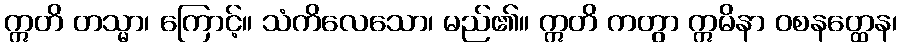
ဣတိ တသ္မာ၊ ကြောင့်။ သံကိလေသော၊ မည်၏။ ဣတိ ကတွာ ဣမိနာ ဝစနတ္ထေန၊